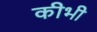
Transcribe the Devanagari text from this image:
कीभी